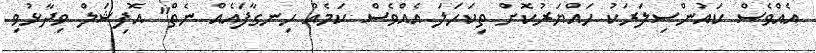
އެއްވެސް ކައުންސިލަރަކު ހައްޔަރުކޮށް ތިކަހަލަ އެއްވެސް ކަމެއް ހިނގާފައެއް ނެތް" އޮފިޝަލް ވިދާޅުވި